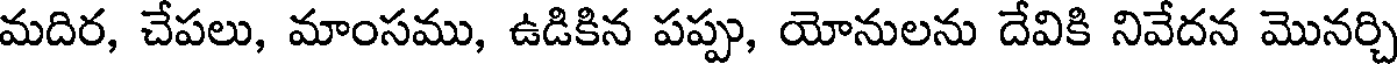
మదిర, చేపలు, మాంసము, ఉడికిన పప్పు, యోనులను దేవికి నివేదన మొనర్చి